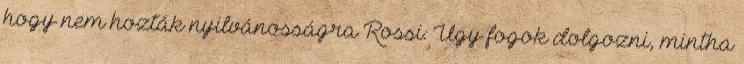
hogy nem hozták nyilvánosságra Rossi: Úgy fogok dolgozni, mintha